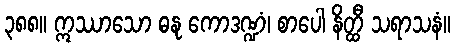
၃၈၈။ ဣဿာသော ဓနု ကောဒဏ္ဍံ၊ စာပေါ နိတ္ထီ သရာသနံ။